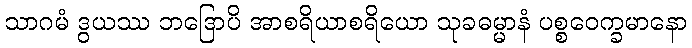
သာဂမံ ဒွယဿ ဘဒြောပိ အာစရိယာစရိယော သုခဓမ္မာနံ ပစ္စဝေက္ခမာနော